Treatise on elephants
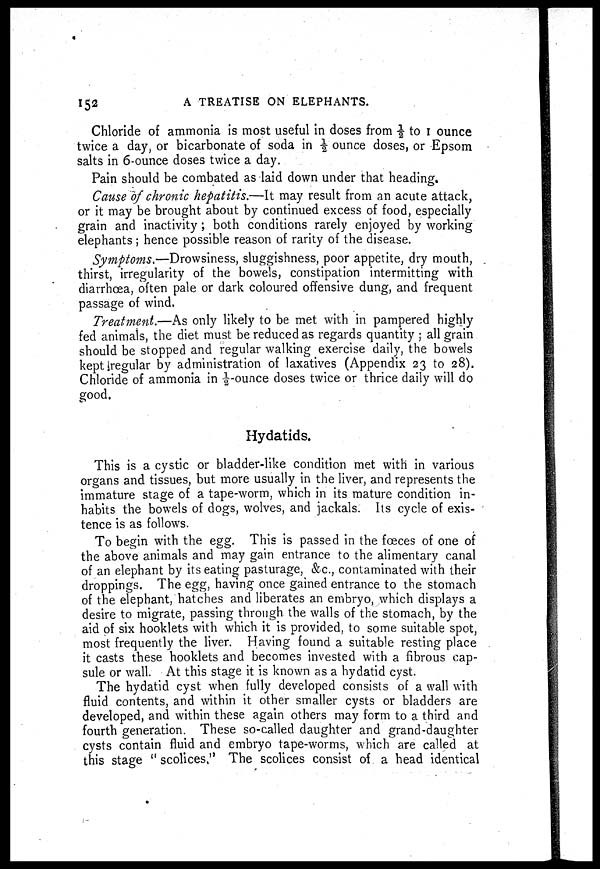
152
A TREATISE ON ELEPHANTS.
Chloride of ammonia is most useful in doses from ½ to 1 ounce
twice a day, or bicarbonate of soda in ½ ounce doses, or Epsom
salts in 6-ounce doses twice a day.
Pain should be combated as laid down under that heading.
Cause of chronic hepatitis.—It may result from an acute attack,
or it may be brought about by continued excess of food, especially
grain and inactivity; both conditions rarely enjoyed by working
elephants ; hence possible reason of rarity of the disease.
Symptoms.—Drowsiness, sluggishness, poor appetite, dry mouth,
thirst, irregularity of the bowels, constipation intermitting with
diarrhoea, often pale or dark coloured offensive dung, and frequent
passage of wind.
Treatment.—As only likely to be met with in pampered highly
fed animals, the diet must be reduced as regards quantity ; all grain
should be stopped and regular walking exercise daily, the bowels
kept regular by administration of laxatives (Appendix 23 to 28).
Chloride of ammonia in ½-ounce doses twice or thrice daily will do
good.
Hydatids.
This is a cystic or bladder-like condition met with in various
organs and tissues, but more usually in the liver, and represents the
immature stage of a tape-worm, which in its mature condition in-
habits the bowels of dogs, wolves, and jackals. Its cycle of exis-
tence is as follows.
To begin with the egg. This is passed in the fœces of one of
the above animals and may gain entrance to the alimentary canal
of an elephant by its eating pasturage, &c., contaminated with their
droppings. The egg, having once gained entrance to the stomach
of the elephant, hatches and liberates an embryo, which displays a
desire to migrate, passing through the walls of the stomach, by the
aid of six hooklets with which it is provided, to some suitable spot,
most frequently the liver. Having found a suitable resting place
it casts these hooklets and becomes invested with a fibrous cap-
sule or wall. At this stage it is known as a hydatid cyst.
The hydatid cyst when fully developed consists of a wall with
fluid contents, and within it other smaller cysts or bladders are
developed, and within these again others may form to a third and
fourth generation. These so-called daughter and grand-daughter
cysts contain fluid and embryo tape-worms, which are called at
this stage "scolices." The scolices consist of a head identical